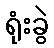
ရုံးခွဲ